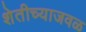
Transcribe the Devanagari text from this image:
शेतीच्याजवळ